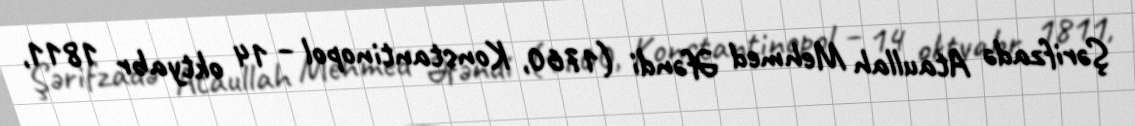
Şərifzadə Ataullah Mehmed Əfəndi (1760, Konstantinopol – 14 oktyabr 1811,